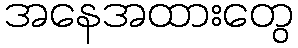
အနေအထားတွေ